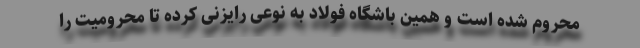
محروم شده است و همین باشگاه فولاد به نوعی رایزنی کرده تا محرومیت را